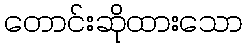
တောင်းဆိုထားသော